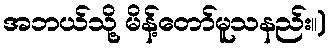
အဘယ်သို့ မိန့်တော်မူသနည်း။)